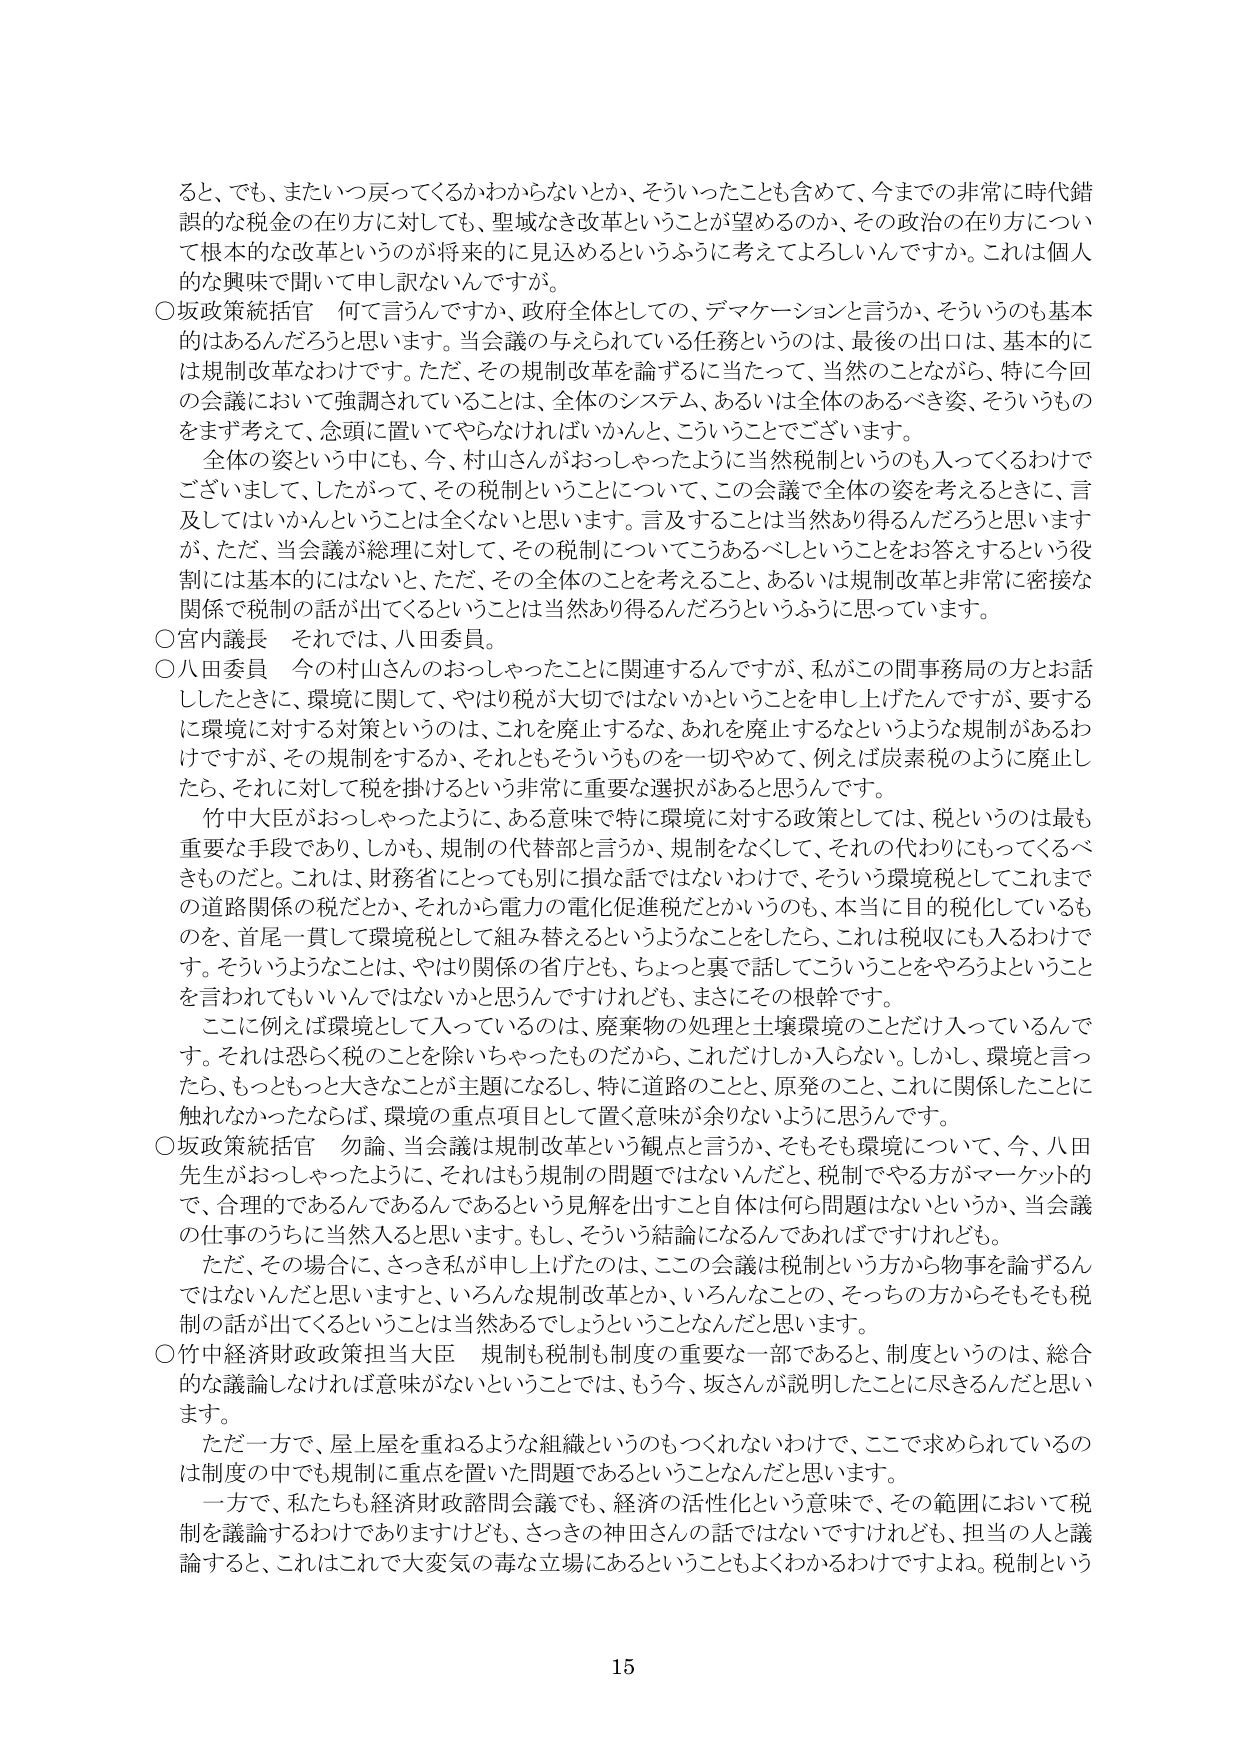
ると、でも、またいつ戻ってくるかわからないとか、そういったことも含めて、今までの非常に時代錯誤的な税金の在り方に対して、聖域なき改革ということが望めるのか、その政治の在り方について根本的な改革というのが将来の見込めるというふうに考えてよろしいんですか。これは個人的な興味で聞いて申し訳ないんですが。

○坂政策統括官　何て言うんですか、政府全体としての、デマケーションと言うか、そういうのも基本的にはあるんだろうと思います。当会議の与えられている任務というのは、最後の出口は、基本的には規制改革なわけですね。ただ、その規制改革を論ずるに当たって、当然のことながら、特に今回の会議において強調されていることは、全体のシステム、あるいは全体のあるべき姿、そういうものをまず考えて、念頭に置いてやらなければいかんと、こういうことでございます。

　全体の姿という中にも、今、村山さんがおっしゃったように当然税制というのも入ってくるわけでございまして、したがって、その税制ということについて、この会議で全体の姿を考えるときに、言及してはいかんということは全くないと思います。言及することは当然あり得るんだろうと思いますが、ただ、当会議が総理に対して、その税制についてこうあるべきということをお答えするという役割には基本的にはないと、ただ、その全体のことを考えること、あるいは規制改革と非常に密接な関係で税制の話が出てくるということは当然あり得るんだろうというふうに思っています。

○宮内議長　それでは、八田委員。

○八田委員　今の村山さんのおっしゃったことに関連するんですが、私がこの問事局の方とお話したときに、環境に関して、やはり税が大切ではないかということを申し上げたんですが、要するに環境に対する対策というのは、これを廃止するな、あれを廃止するなというような規制があるわけですが、その規制をするか、それともそういうものを一切やめて、例えば炭素税のように廃止したら、それに対して税を掛けるという非常に重要な選択があると思うんです。

　竹中大臣がおっしゃったように、ある意味で特に環境に対する政策としては、税というのは最も重要な手段であり、しかも、規制の代替部と言うか、規制をなくして、それの代わりにもってくるべきものだと。これは、財務省にとっても別に損な話ではないわけで、そういう環境税としてこれまでの道路関係の税だとか、それから電力の電化促進税だとかいうのも、本当に目的税化しているものを、首尾一貫して環境税として組み替えるというようなことをしたら、これは税収にも入るわけです。そういうようなことは、やはり関係の省庁とも、ちょっと裏で話してこういうことをやろうよということを言われてもいいんではないかと思うんですけども、まさにその根幹です。

　ここに例えば環境として入っているのは、廃棄物の処理と土壌環境のことだけ入っているんです。それは恐らく税のことを除いちゃったものだから、これだけしか入らない。しかし、環境と言ったら、もっともっと大きなことが主題になるし、特に道路のこと、原発のこと、これに関係したことに触れなかったならば、環境の重点項目として置く意味が余りないように思うんです。

○坂政策統括官　勿論、当会議は規制改革という観点と言うか、そもそも環境について、今、八田先生がおっしゃったように、それはもう規制の問題ではないんだと、税制でやる方がマーケット的で、合理的であるんであるんであるという見解を出すこと自体は何ら問題はないというか、当会議の仕事のうちに当然入ると思います。もし、そういう結論になるんであればですけれども。

　ただ、その場合に、さっき私が申し上げたのは、この会議は税制という方から物事を論ずるんではないんだと思いますと、いろんな規制改革とか、いろんなことの、そっちの方からそもそも税制の話が出てくるということは当然あるでしょうということなんだと思います。

○竹中経済財政政策担当大臣　規制も税制も制度の重要な一部であると、制度というのは、総合的な議論しなければ意味がないということでは、もう今、坂さんが説明したことに尽きるんだと思います。

　ただ一方で、屋上屋を重ねるような組織というのもつくれないわけで、ここで求められているのは制度の中でも規制に重点を置いた問題であるということなんだと思います。

　一方で、私たちも経済財政諮問会議でも、経済の活性化という意味で、その範囲において税制を議論するわけではありますけども、さっきの神田さんの話ではないですけれども、担当の人と議論すると、これはこれで大変気の毒な立場にあるということもよくわかるわけですよ。税制という

15